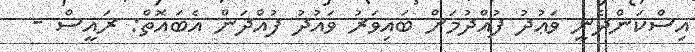
އިސްކަންދެނީ ވަޢުދު ފުއްދުމަށް ބައިވަރު ވައުދު ފުއްދަން އެބައޮތް: ރައީސް -